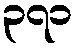
၃၇၁